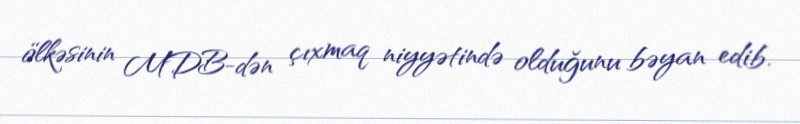
ölkəsinin MDB-dən çıxmaq niyyətində olduğunu bəyan edib.